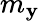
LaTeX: m_{\mathbf{y}}